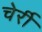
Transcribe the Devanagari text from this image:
चेर्री